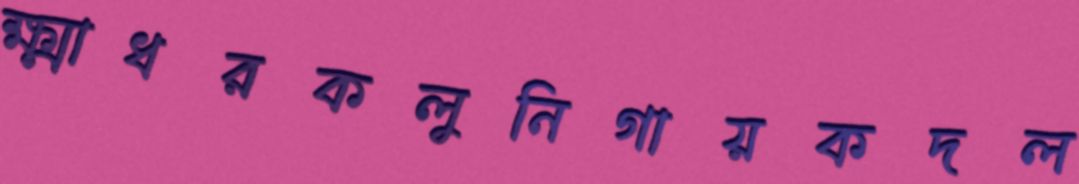
ক্ষ্মাধরকলুনিগায়কদল